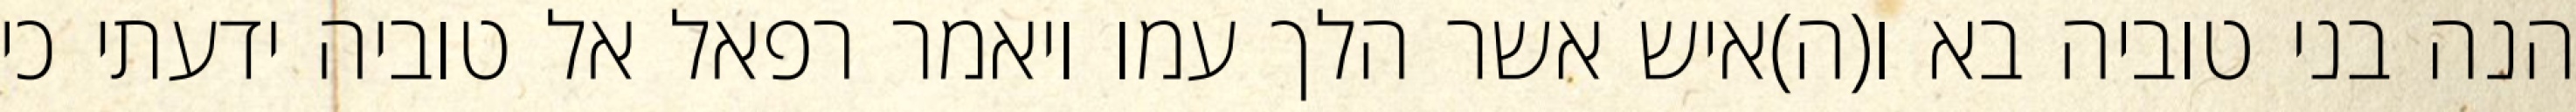
הנה בני טוביה בא ו(ה)איש אשר הלך עמו ויאמר רפאל אל טוביה ידעתי כי